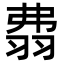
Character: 𦐡